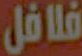
فلافل